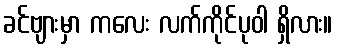
ခင်ဗျားမှာ ကလေး လက်ကိုင်ပုဝါ ရှိလား။